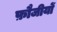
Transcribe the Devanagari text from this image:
फ़ौजीयों